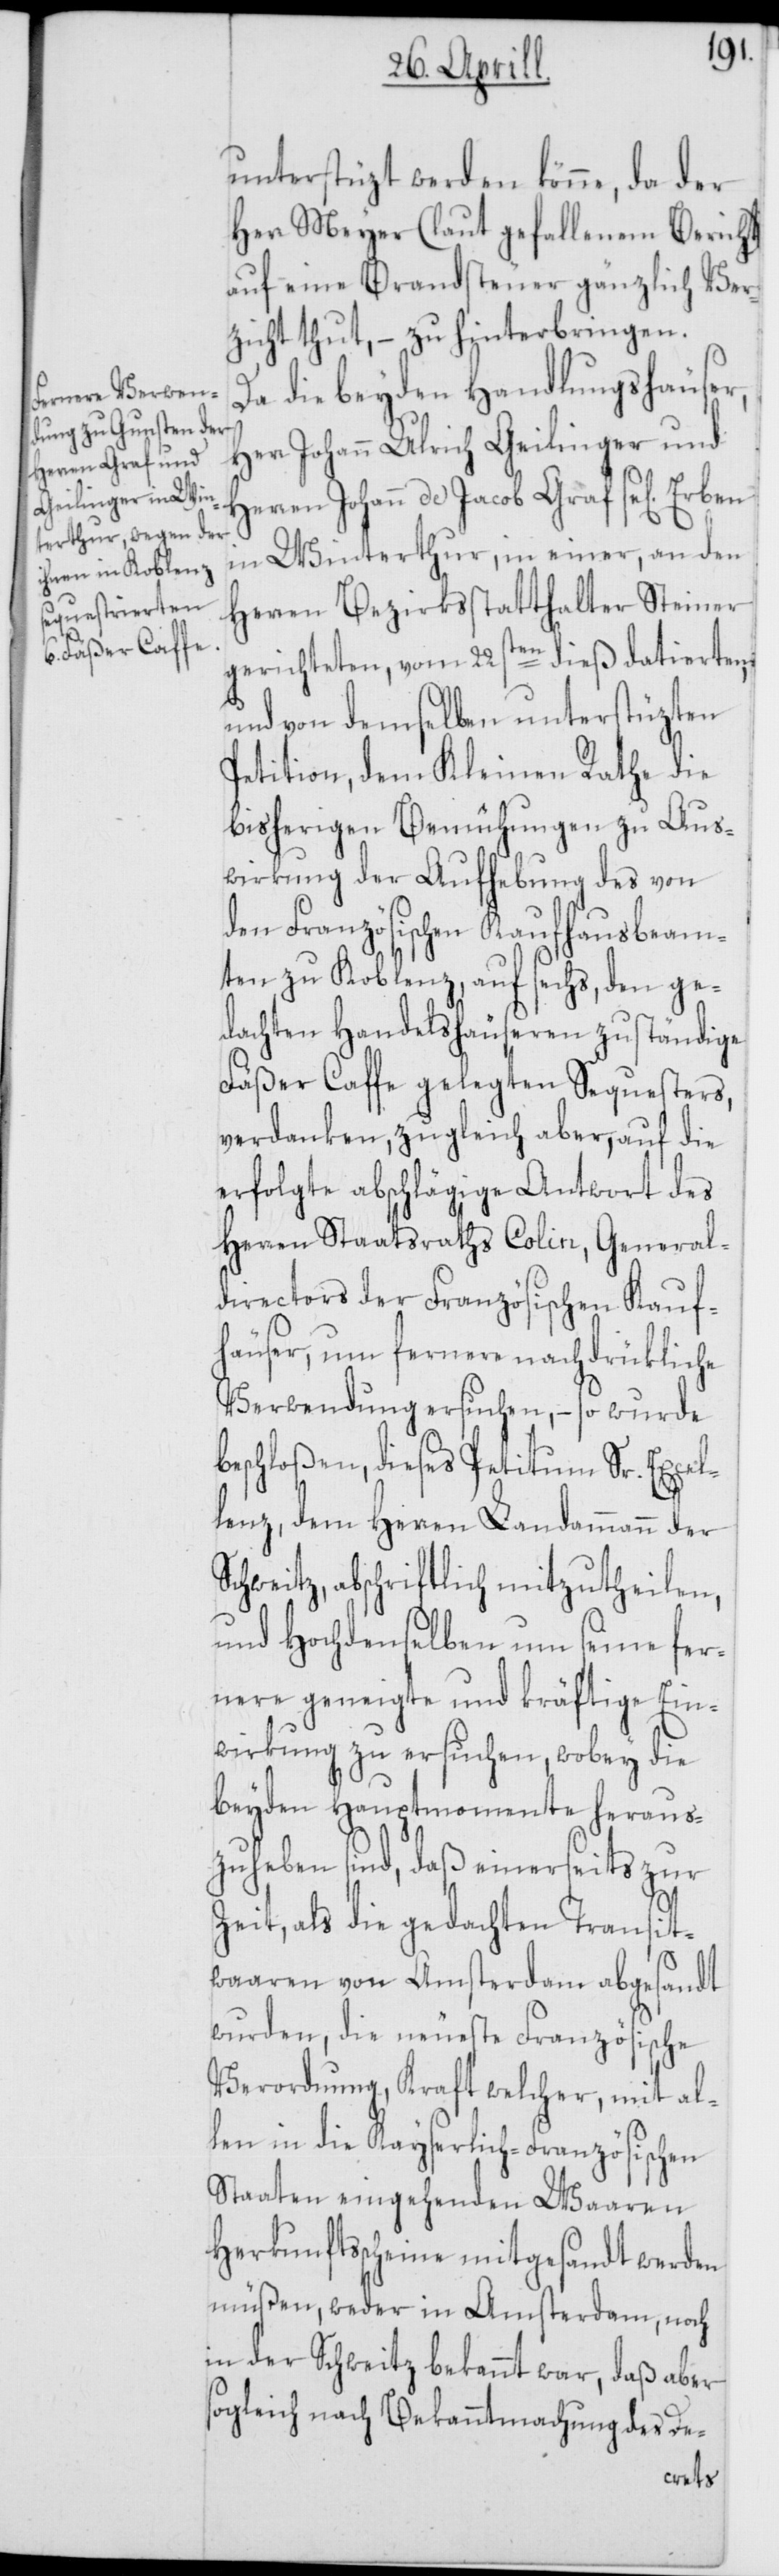
unterstüzt werden könne, da der
Herr Meyer (laut gefallenem Bericht)
auf eine Brandsteuer gänzlich Ver¬
zicht thut, – zu hinterbringen.
Da die beyden Handlungshäuser,
Johann Ulrich Geilinger und
Herren Johann de Jacob Graf se[lig]
in Winterthur, in einer, an den
Herren Bezirksstatthalter Steiner
gerichteten, vom 22sten dieß datierten,
und von demselben unterstüzten
Petition, dem Kleinen Rathe die
bisherigen Bemühungen zu Aus¬
wirkung der Aufhebung des von
den Französischen Kaufhausbeam¬
ten zu Koblenz, auf sechs, den ge¬
dachten Handelshäuseren zuständige
Fäßer Caffe gelegten Sequesters,
verdanken, zugleich aber, auf die
erfolgte abschlägige Antwort des
Herren Staatsraths Colin, General¬
directors der Französischen Kauf¬
häuser, um fernere nachdrükliche
Verwendung ersuchen, – so wurde
beschloßen, dieses Petitum Sr. Excel¬
lenz dem Herren Landammann der
Schweitz, abschriftlich mitzutheilen,
und Hochdenselben um seine fer¬
nere geneigte und kräftige Ein¬
wirkung zu ersuchen, wobey die
beyden Hauptmomente heraus¬
zuheben sind, daß einerseits zur
Zeit, als die gedachten Transit¬
waaren von Amsterdam abgesandt
wurden, die neueste Französische
Verordnung, Kraft welcher, mit al¬
len in die Kayserlich-Französischen
Staaten eingehenden Waaren
Herkunftsscheine mitgesandt werden
müßen, weder in Amsterdam, noch
in der Schweitz bekannt war, daß aber
sogleich nach Bekanntmachung des De-